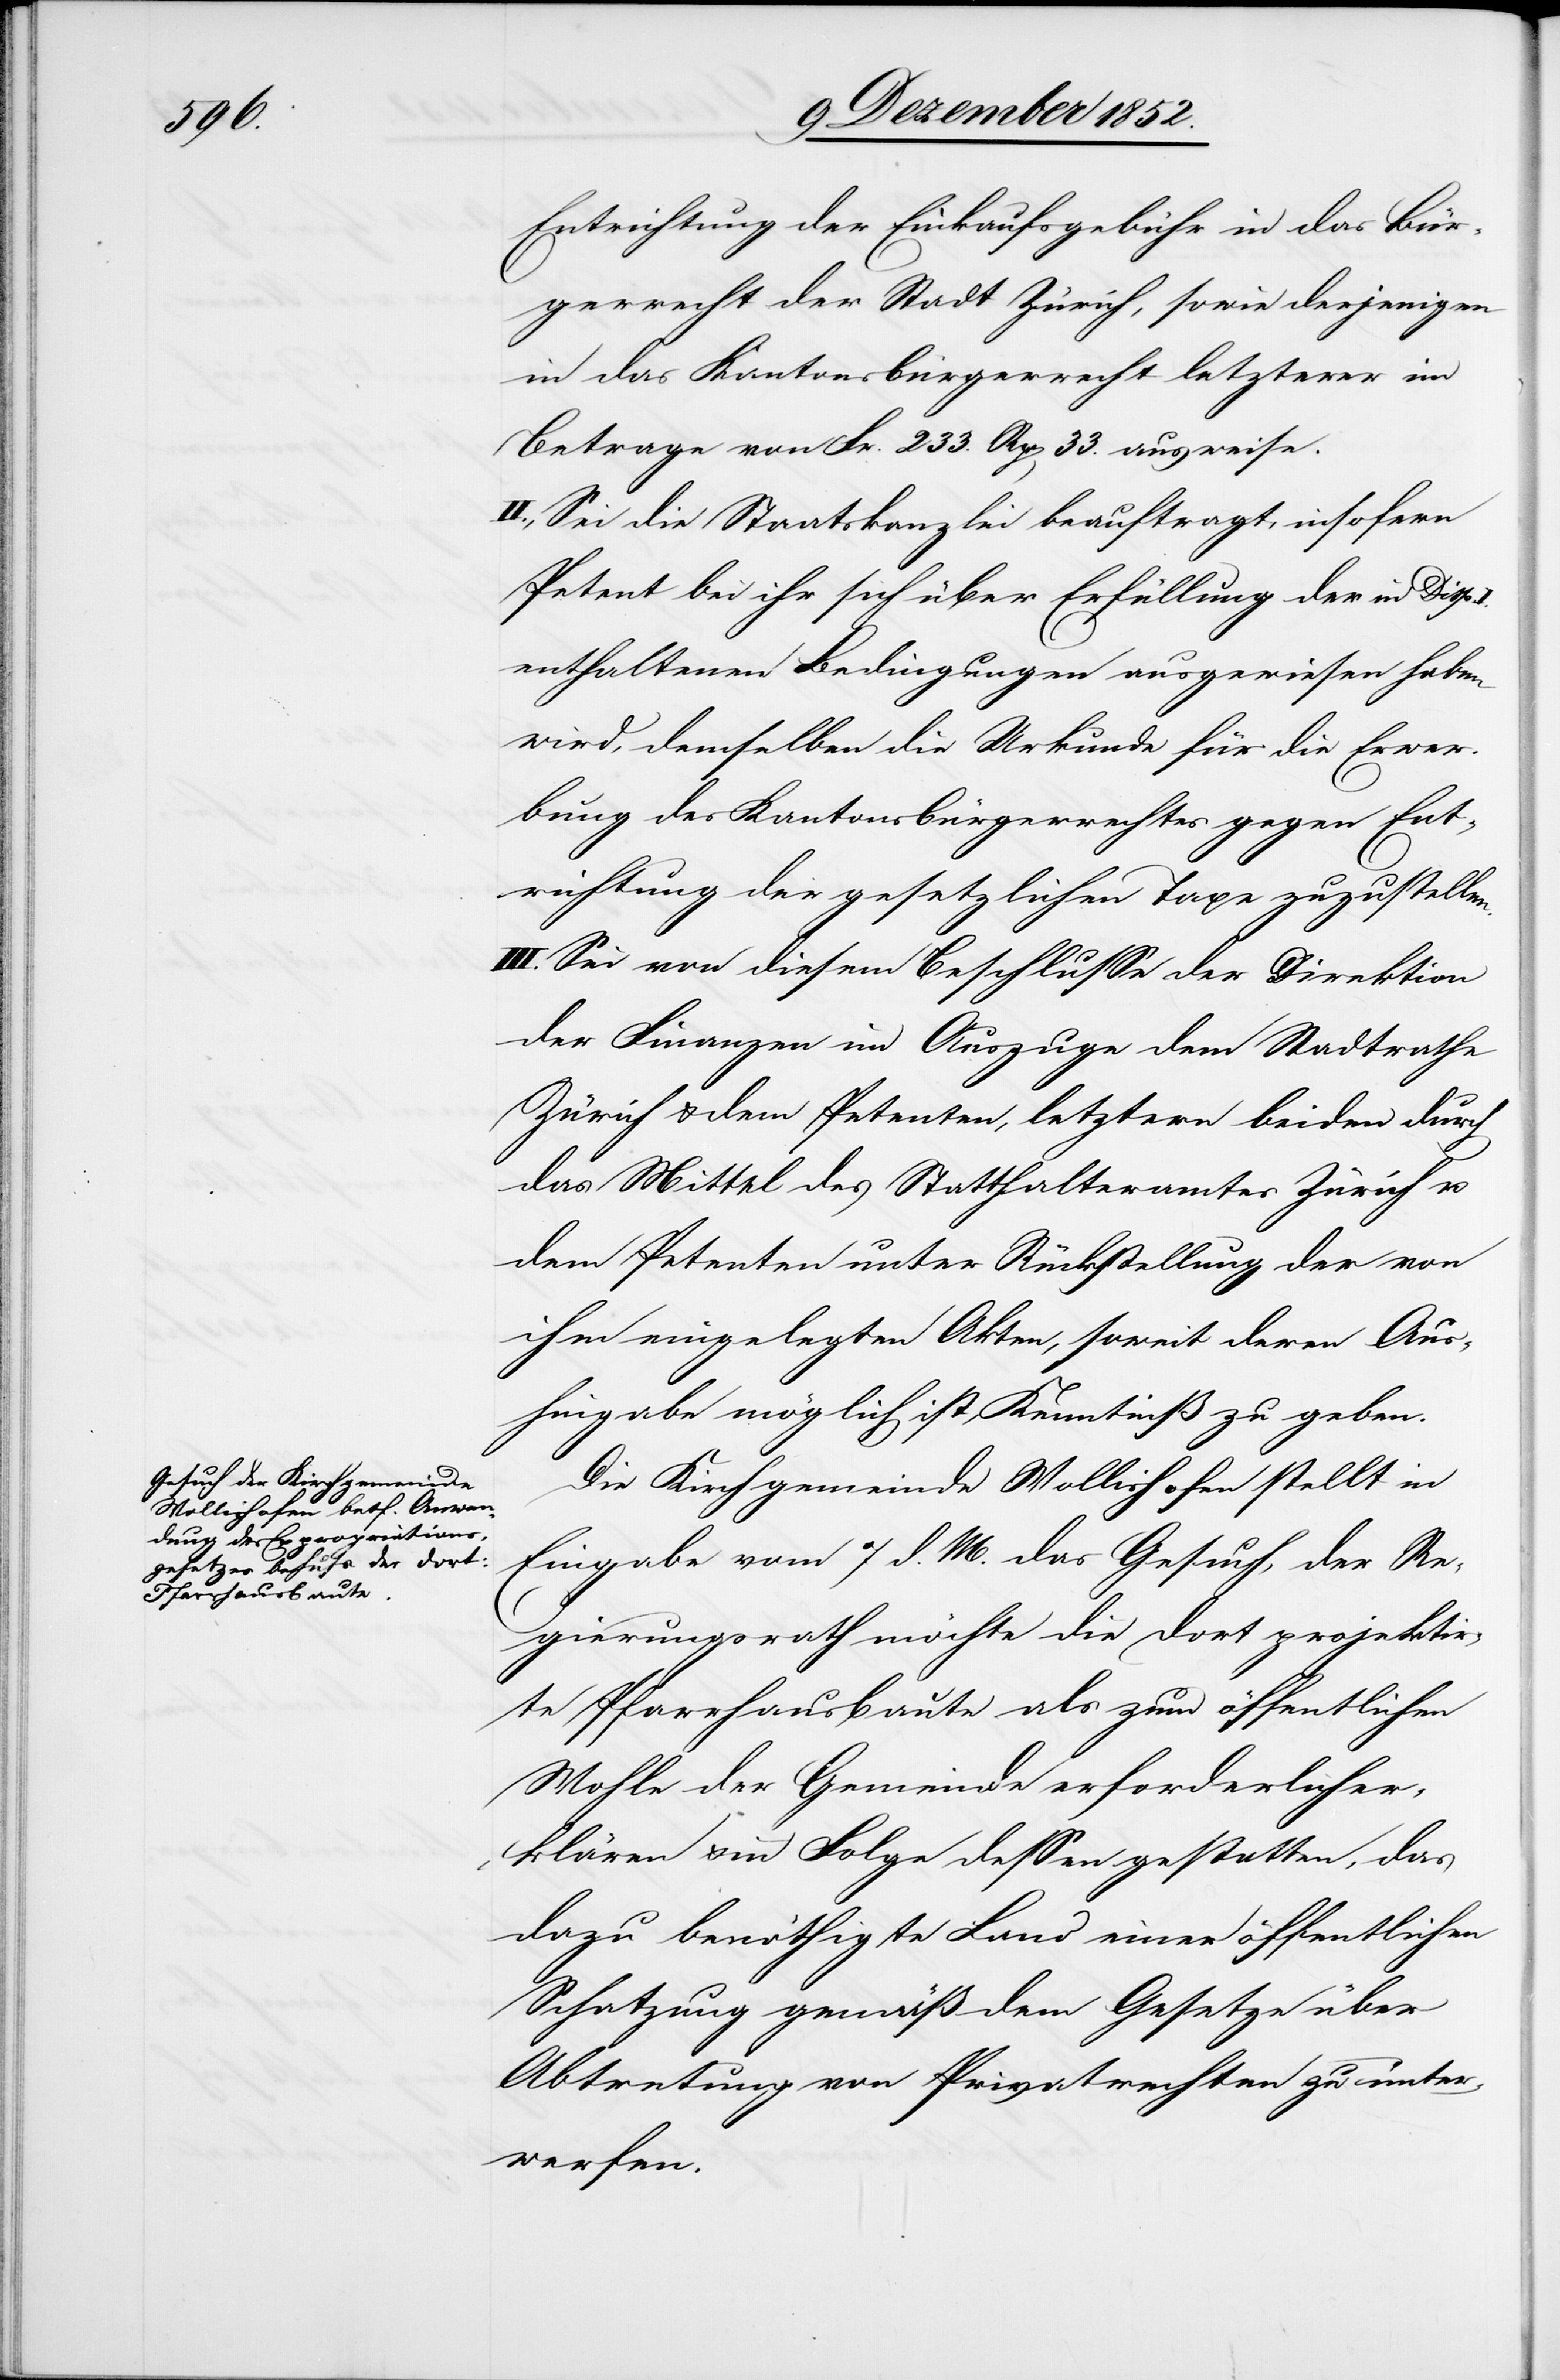
Entrichtung der Einkaufsgebühr in das Bür¬
gerrecht der Stadt Zürich, sowie derjenigen
in das Kantonsbürgerrecht letzterer im
Betrage von Fr. 233. Rp[en] 33. ausweise.
II., Sei die Staatskanzlei beauftragt, insofern
Petent bei ihr sich über Erfüllung der in Disp.
enthaltenen Bedingungen ausgewiesen haben
wird, demselben die Urkunde für die Erwer¬
bung des Kantonsbürgerrechtes gegen Ent¬
richtung der gesetzlichen Taxe zuzustellen.
III. Sei von diesem Beschlusse der Direktion
der Finanzen im Auszuge dem Stadtrathe
Zürich & dem Petenten, letztern beiden durch
das Mittel des Statthalteramtes Zürich u.
dem Petenten unter Rückstellung der von
ihm eingelegten Akten, soweit deren Aus¬
hingabe möglich ist, Kenntniß zu geben.
Die Kirchgemeinde Wollishofen stellt in
Eingabe vom 7 d. M. das Gesuch, der Re¬
gierungsrath möchte die dort projektir¬
te Pfarrhausbaute als zum öffentlichen
Wohle der Gemeinde erforderlich er¬
klären & in Folge dessen gestatten, das
dazu benöthigte Land einer öffentlichen
Schatzung gemäß dem Gesetze über
Abtretung von Privatrechten zu unter¬
werfen.